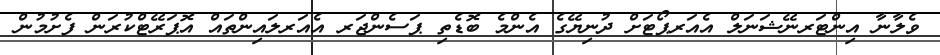
ވެލާނާ އިންޓަރނޭޝަނަލް އެއަރޕޯޓަށް ދުނިޔޭގެ އެންމެ ބޮޑެތި ޕަސެންޖަރ އެއަރލައިންތައް އޮޕަރޭޓްކުރަން ފެށުމުން